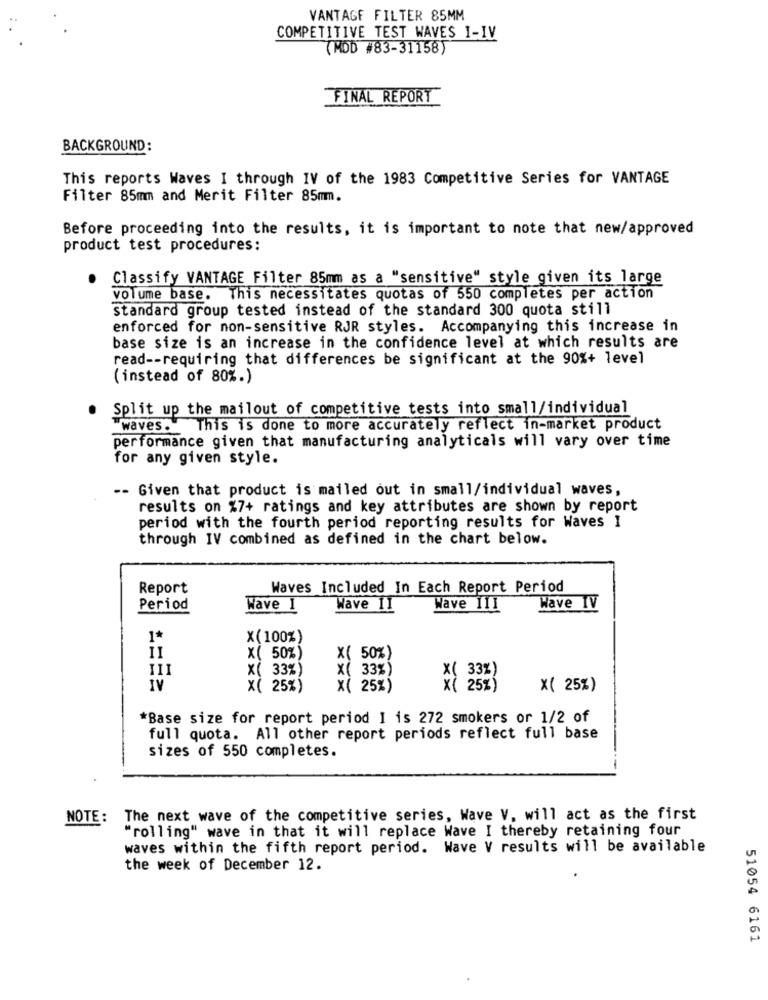
VANTAGE FILTER 85MM
COMPETITIVE TEST WAVES I-IV
(MOD #83-31158)
FINAL REPORT
BACKGROUND:
This reports Waves I through IV of the 1983 Competitive Series for VANTAGE
Filter 85mm and Merit Filter 85mm.
Before proceeding into the results, it is important to note that new/approved
product test procedures:
Classify VANTAGE Filter 85mm as a "sensitive" style given its large
volume base. This necessitates quotas of 550 completes per action
standard group tested instead of the standard 300 quota still
enforced for non-sensitive RJR styles. Accompanying this increase in
base size is an increase in the confidence level at which results are
read -- requiring that differences be significant at the 90%+ level
(instead of 80%.)
Split up the mailout of competitive tests into small/individual
waves.
This is done to more accurately reflect in-market product
performance given that manufacturing analyticals will vary over time
for any given style.
-- Given that product is mailed out in small/individual waves,
results on %7+ ratings and key attributes are shown by report
period with the fourth period reporting results for Waves I
through IV combined as defined in the chart below.
Report
Waves Included In Each Report Period
Period
Wave 1
Wave II
Wave 111
Wave IV
1*
x(100%)
x( 50%)
x( 50%)
III
x( 33%)
X( 33%)
X( 33%)
IV
X( 25%)
x( 25%)
X ( 25%)
X( 25%)
*Base size for report period I is 272 smokers or 1/2 of
full quota. All other report periods reflect full base
sizes of 550 completes.
NOTE: The next wave of the competitive series, Wave V, will act as the first
"rolling" wave in that it will replace Wave I thereby retaining four
waves within the fifth report period. Wave V results will be available
the week of December 12.
51054 6161